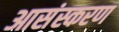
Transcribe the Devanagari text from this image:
आसंस्करण